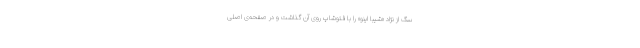
سگ از نژاد «شیبا اینو» را با فتوشاپ روی آن گذاشت و در صفحه‌ی اصلی